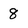
Character: 8